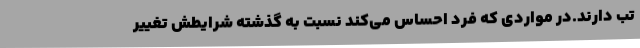
تب دارند.در مواردی که فرد احساس می‌کند نسبت به گذشته شرایطش تغییر